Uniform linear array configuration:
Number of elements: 8
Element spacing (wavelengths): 0.25
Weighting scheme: blackman
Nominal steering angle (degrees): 0
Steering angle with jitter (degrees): -0.3276
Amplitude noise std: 0.05
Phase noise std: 0.05

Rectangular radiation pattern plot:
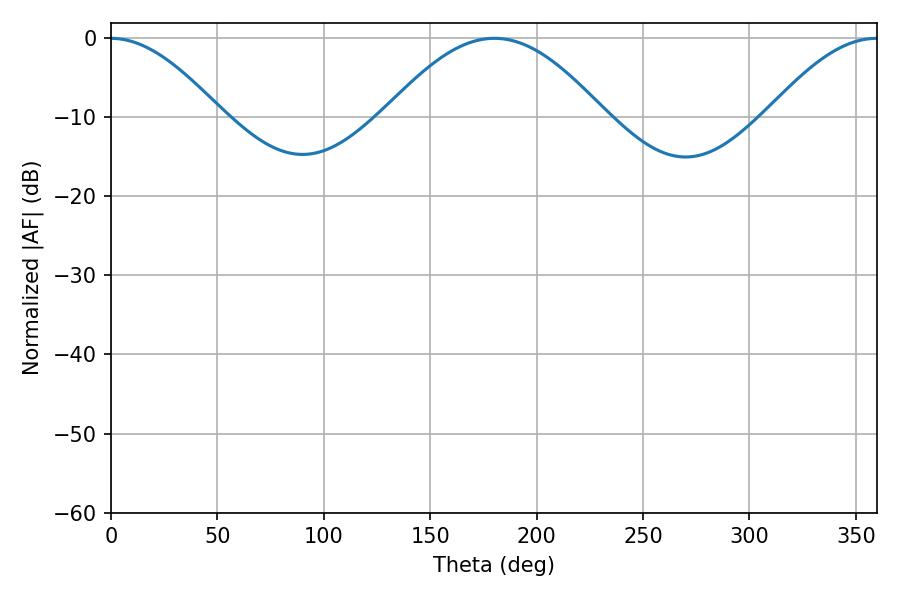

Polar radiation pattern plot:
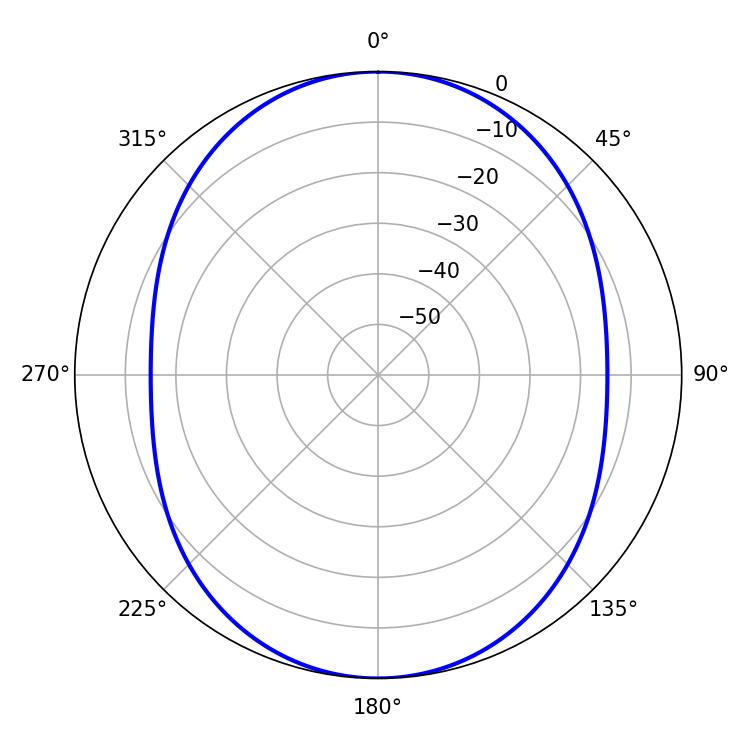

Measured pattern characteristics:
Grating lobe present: FALSE
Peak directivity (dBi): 31.297
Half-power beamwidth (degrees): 55.62
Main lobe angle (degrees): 180.18